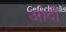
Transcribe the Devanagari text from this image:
आंदी